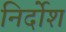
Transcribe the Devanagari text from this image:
निर्दोश